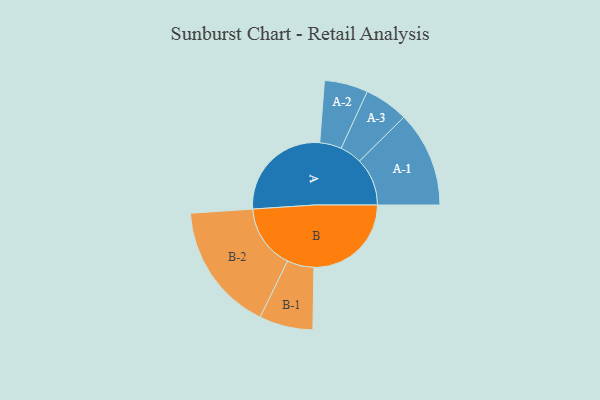
{"axis": {"x": "Segment", "y": "Value"}, "legend": ["", "A", "B"], "data": [{"x": "A", "y": 481, "type": ""}, {"x": "B", "y": 446, "type": ""}, {"x": "A-1", "y": 219, "type": "A"}, {"x": "A-2", "y": 100, "type": "A"}, {"x": "A-3", "y": 101, "type": "A"}, {"x": "B-1", "y": 123, "type": "B"}, {"x": "B-2", "y": 295, "type": "B"}]}